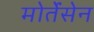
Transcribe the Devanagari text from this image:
मोर्तेंसेन